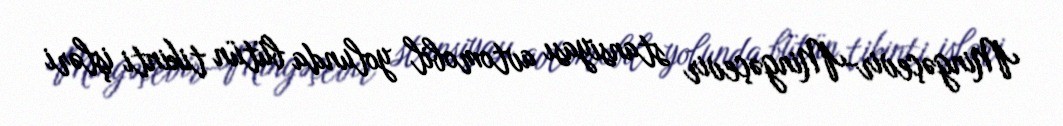
Mingəçevir-Mingəçevir stansiyası avtomobil yolunda bütün tikinti işləri